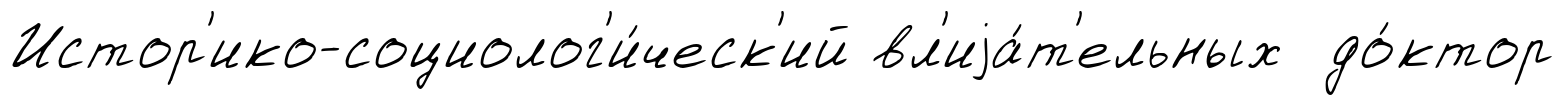
Истор'ико-социолог'и́ческ'ий вл'иjа́т'ельных до́ктор